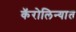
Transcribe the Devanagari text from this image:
कॅरोलिन्यात